Leaving Certificate Examination (including Day School Certificate (Higher) General paper), 1927
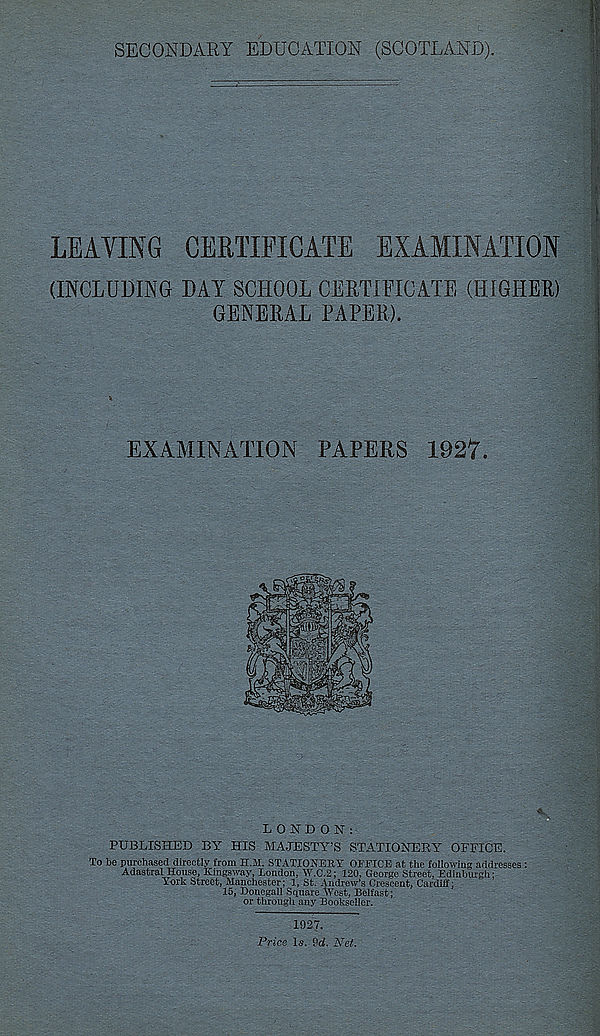
SECONDARY EDUCATION (SCOTLAND).
LEAVING
CERTIFICATE EXAMINATION
(INCLUDING DAY SCHOOL CERTIFICATE (HIGHER)
GENERAL PAPER).
EXAMINATION PAPERS 1927.
LONDON:
PUBLISHED BY HIS MAJESTY’S STATIONERY OFFICE.
To be purchased directly from H.M. STATIONERY OFFICE at the following addresses :
Adastral House, Kingsway, London, W.C.2; 120, George Street, Edinburgh;
York Street, Manchester; 1, St. Andrew’s Crescent. Cardiff;
15, Donegall Square West, Belfast;
or through any Bookseller.
1927.
Price Is. 9d. Net.